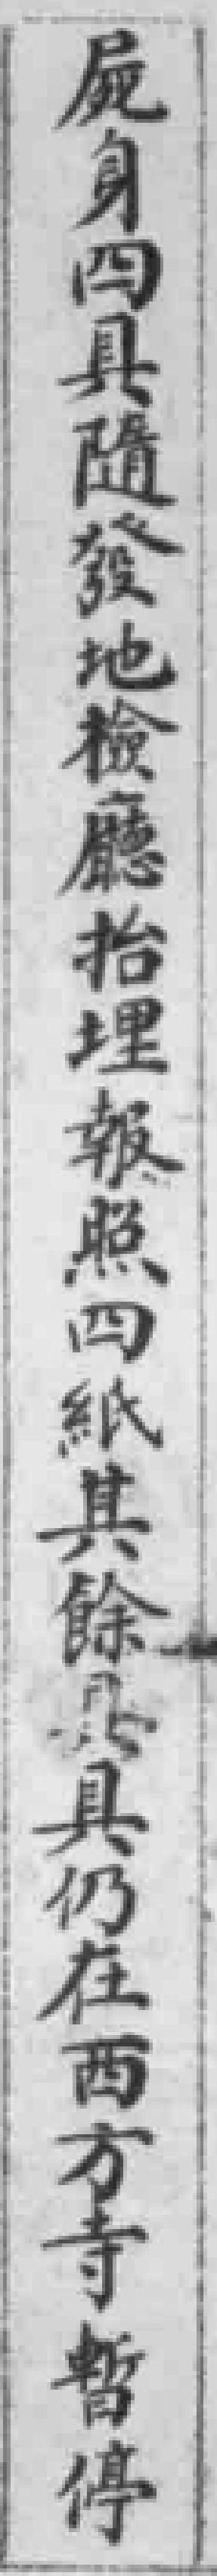
屍身四具隨發地檢廳抬埋報照四紙其餘*具仍在西方寺暫停